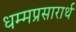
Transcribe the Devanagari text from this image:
धम्मप्रसारार्थ